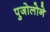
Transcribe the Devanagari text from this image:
पुजोलोने